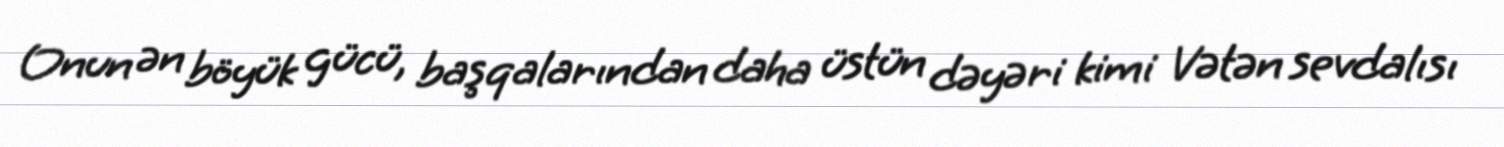
Onun ən böyük gücü, başqalarından daha üstün dəyəri kimi Vətən sevdalısı